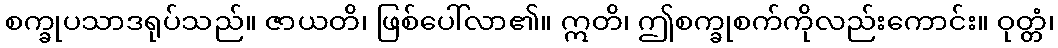
စက္ခုပသာဒရုပ်သည်။ ဇာယတိ၊ ဖြစ်ပေါ်လာ၏။ ဣတိ၊ ဤစက္ခုစက်ကိုလည်းကောင်း။ ဝုတ္တံ၊